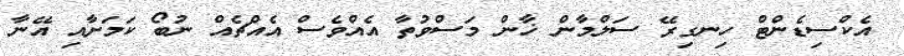
އެކްސިޑެންޓް ހިނގިރޭ ސަލްމާން ޚާން މަސްވުތާ އެއްވެސް އެއްޗެއް ނުބޯ ކަމަށާއި އޭނާ